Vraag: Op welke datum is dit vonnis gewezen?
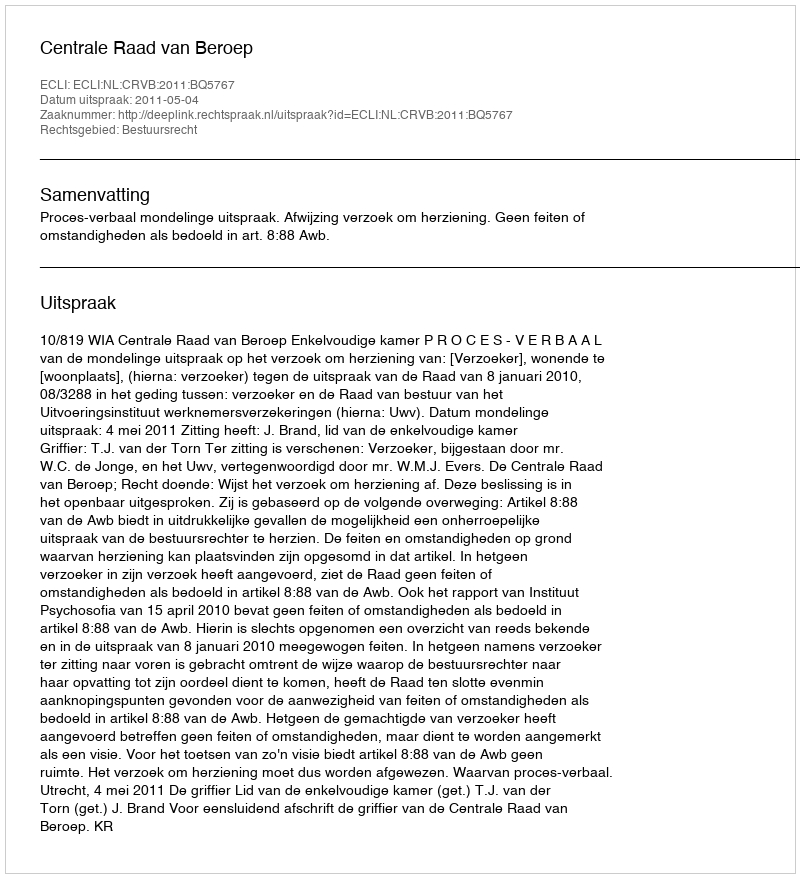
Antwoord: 2011-05-04